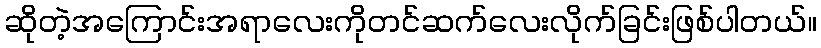
ဆိုတဲ့အကြောင်းအရာလေးကိုတင်ဆက်လေးလိုက်ခြင်းဖြစ်ပါတယ်။